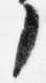
了